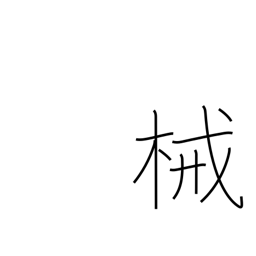
Meaning: instrument